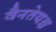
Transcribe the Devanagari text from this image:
वैनतेयश्च